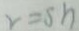
v = s h